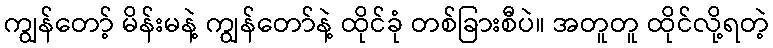
ကျွန်တော့် မိန်းမနဲ့ ကျွန်တော်နဲ့ ထိုင်ခုံ တစ်ခြားစီပဲ။ အတူတူ ထိုင်လို့ရတဲ့